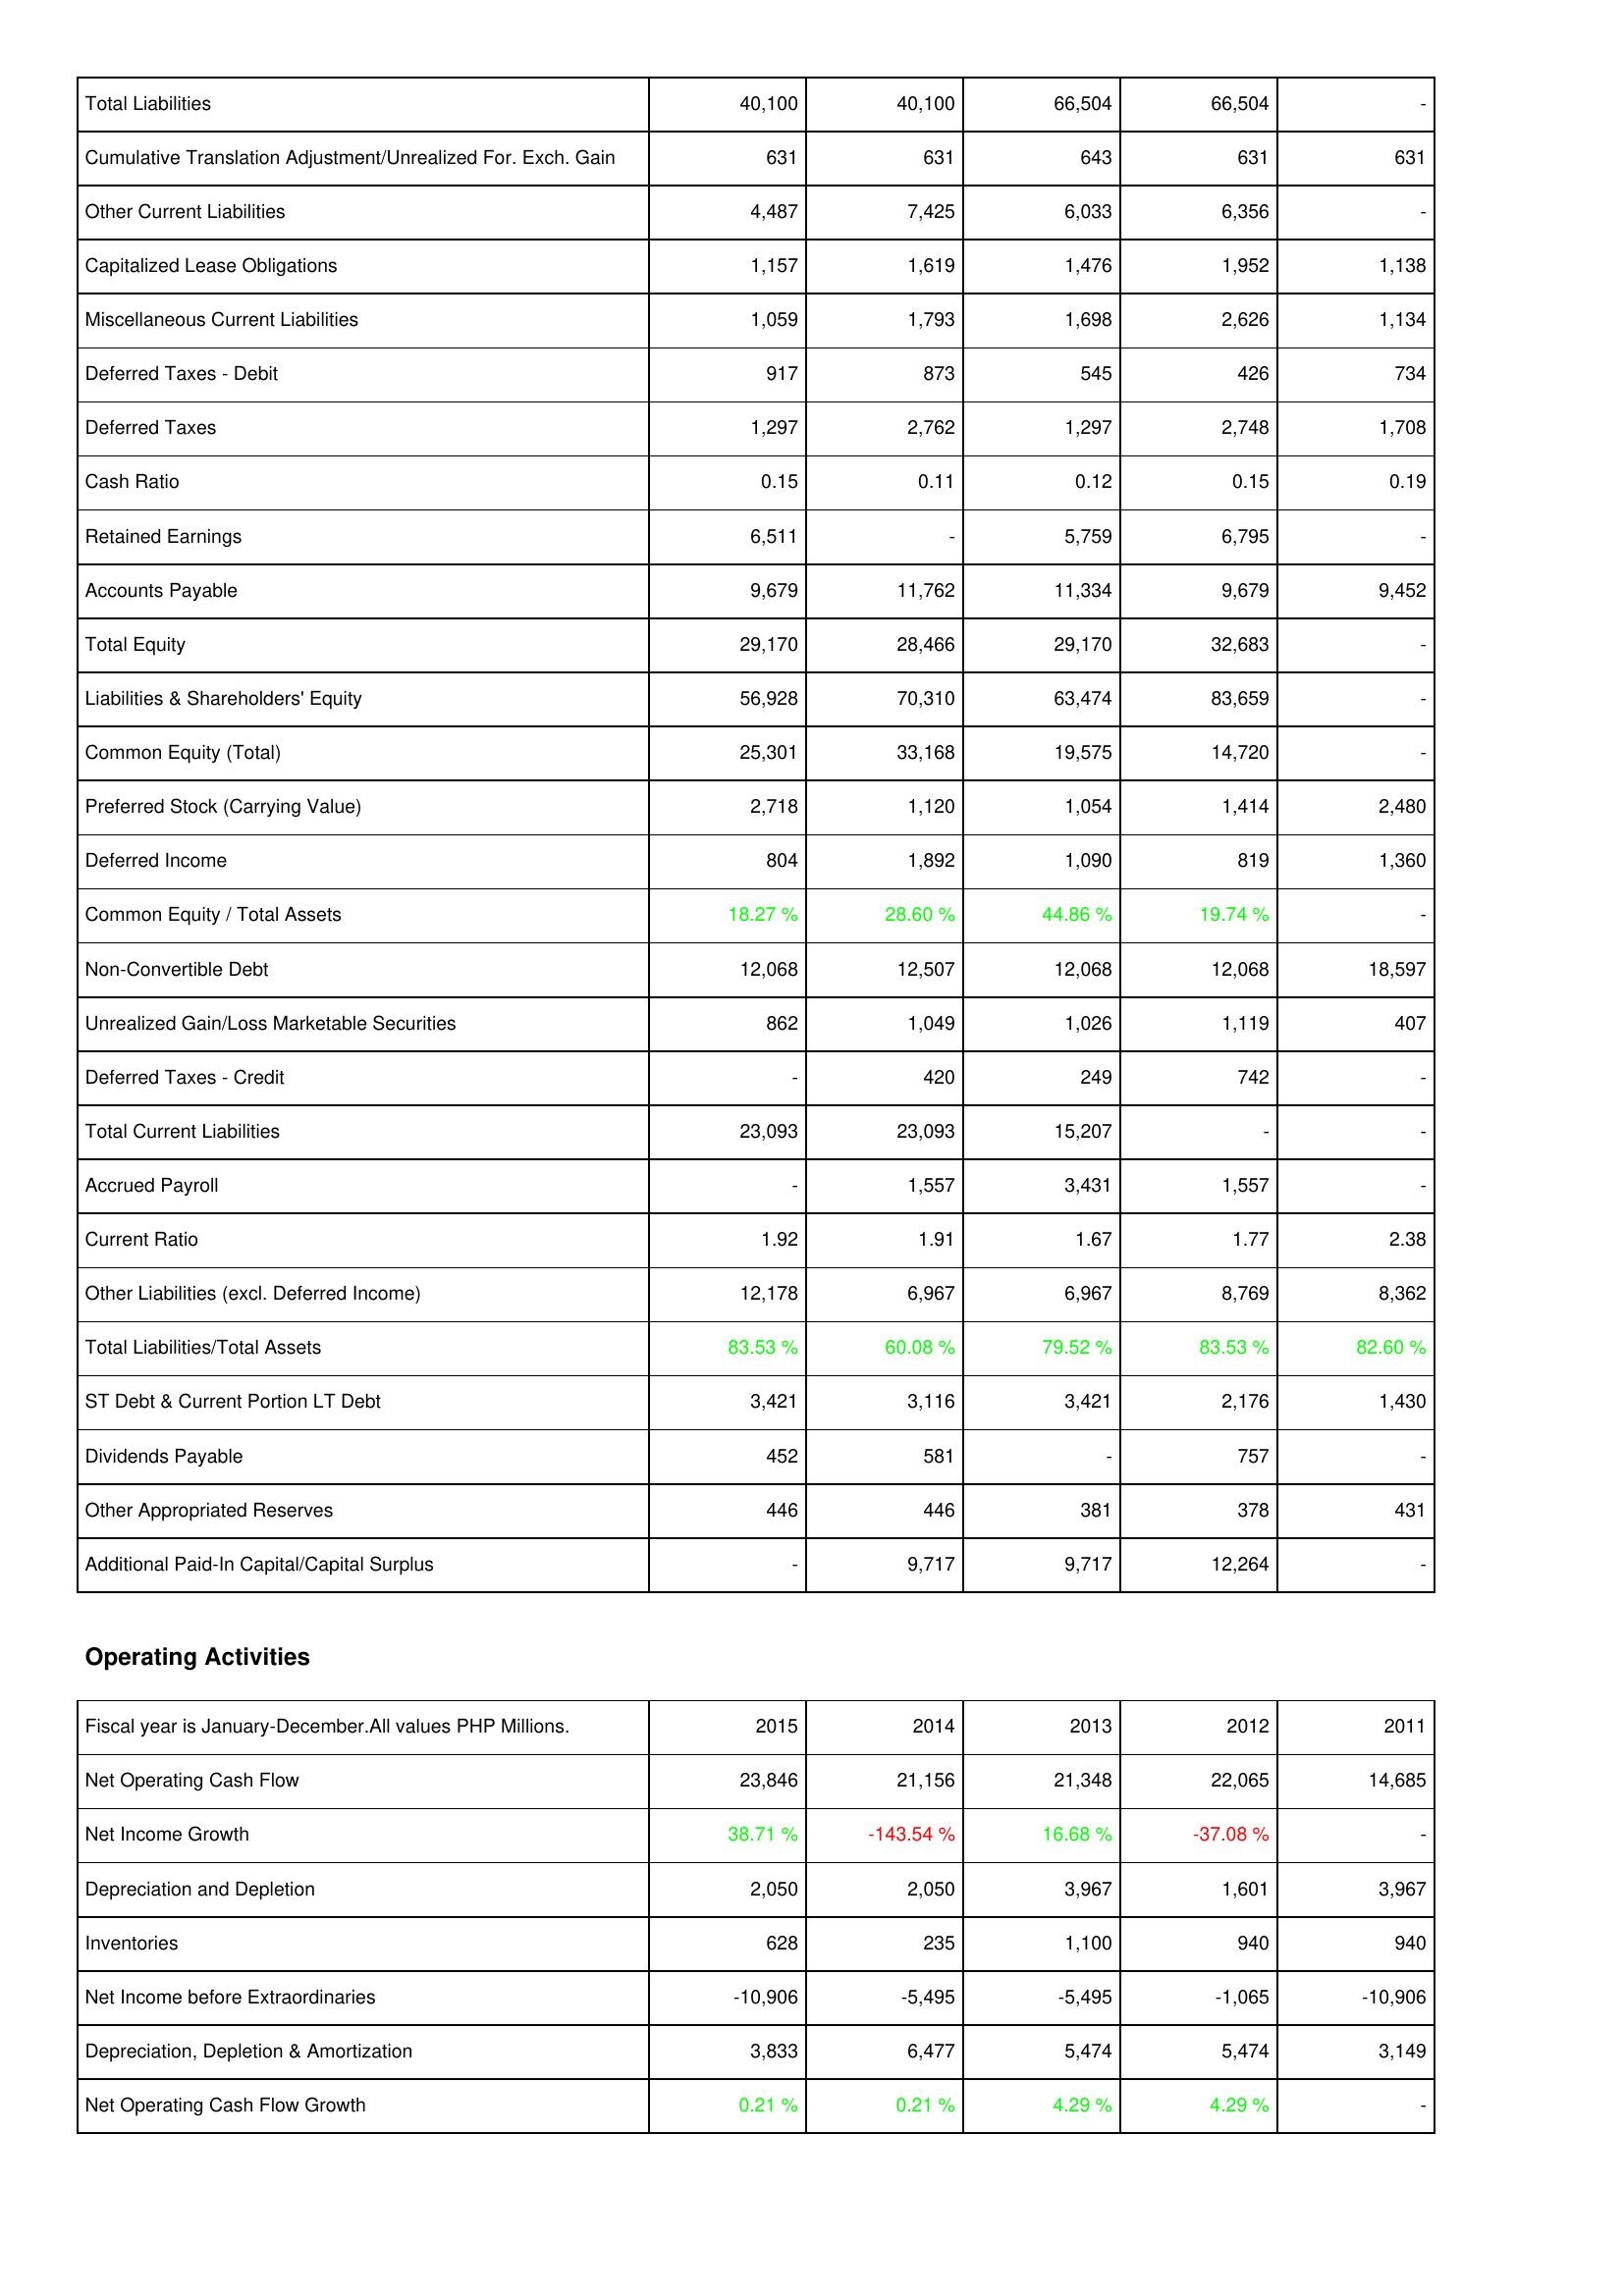
2015: Liabilities & Shareholders' Equity: Total Liabilities: 40,100
Cumulative Translation Adjustment/Unrealized For. Exch. Gain: 631
Other Current Liabilities: 4,487
Capitalized Lease Obligations: 1,157
Miscellaneous Current Liabilities: 1,059
Deferred Taxes - Debit: 917
Deferred Taxes: 1,297
Cash Ratio: 0.15
Retained Earnings: 6,511
Accounts Payable: 9,679
Total Equity: 29,170
Liabilities & Shareholders' Equity: 56,928
Common Equity (Total): 25,301
Preferred Stock (Carrying Value): 2,718
Deferred Income: 804
Common Equity / Total Assets: 18.27 %
Non-Convertible Debt: 12,068
Unrealized Gain/Loss Marketable Securities: 862
Deferred Taxes - Credit: -
Total Current Liabilities: 23,093
Accrued Payroll: -
Current Ratio: 1.92
Other Liabilities (excl. Deferred Income): 12,178
Total Liabilities/Total Assets: 83.53 %
ST Debt & Current Portion LT Debt: 3,421
Dividends Payable: 452
Other Appropriated Reserves: 446
Additional Paid-In Capital/Capital Surplus: -
Operating Activities: Net Operating Cash Flow: 23,846
Net Income Growth: 38.71 %
Depreciation and Depletion: 2,050
Inventories: 628
Net Income before Extraordinaries: -10,906
Depreciation, Depletion & Amortization: 3,833
Net Operating Cash Flow Growth: 0.21 %
2014: Liabilities & Shareholders' Equity: Total Liabilities: 40,100
Cumulative Translation Adjustment/Unrealized For. Exch. Gain: 631
Other Current Liabilities: 7,425
Capitalized Lease Obligations: 1,619
Miscellaneous Current Liabilities: 1,793
Deferred Taxes - Debit: 873
Deferred Taxes: 2,762
Cash Ratio: 0.11
Retained Earnings: -
Accounts Payable: 11,762
Total Equity: 28,466
Liabilities & Shareholders' Equity: 70,310
Common Equity (Total): 33,168
Preferred Stock (Carrying Value): 1,120
Deferred Income: 1,892
Common Equity / Total Assets: 28.60 %
Non-Convertible Debt: 12,507
Unrealized Gain/Loss Marketable Securities: 1,049
Deferred Taxes - Credit: 420
Total Current Liabilities: 23,093
Accrued Payroll: 1,557
Current Ratio: 1.91
Other Liabilities (excl. Deferred Income): 6,967
Total Liabilities/Total Assets: 60.08 %
ST Debt & Current Portion LT Debt: 3,116
Dividends Payable: 581
Other Appropriated Reserves: 446
Additional Paid-In Capital/Capital Surplus: 9,717
Operating Activities: Net Operating Cash Flow: 21,156
Net Income Growth: -143.54 %
Depreciation and Depletion: 2,050
Inventories: 235
Net Income before Extraordinaries: -5,495
Depreciation, Depletion & Amortization: 6,477
Net Operating Cash Flow Growth: 0.21 %
2013: Liabilities & Shareholders' Equity: Total Liabilities: 66,504
Cumulative Translation Adjustment/Unrealized For. Exch. Gain: 643
Other Current Liabilities: 6,033
Capitalized Lease Obligations: 1,476
Miscellaneous Current Liabilities: 1,698
Deferred Taxes - Debit: 545
Deferred Taxes: 1,297
Cash Ratio: 0.12
Retained Earnings: 5,759
Accounts Payable: 11,334
Total Equity: 29,170
Liabilities & Shareholders' Equity: 63,474
Common Equity (Total): 19,575
Preferred Stock (Carrying Value): 1,054
Deferred Income: 1,090
Common Equity / Total Assets: 44.86 %
Non-Convertible Debt: 12,068
Unrealized Gain/Loss Marketable Securities: 1,026
Deferred Taxes - Credit: 249
Total Current Liabilities: 15,207
Accrued Payroll: 3,431
Current Ratio: 1.67
Other Liabilities (excl. Deferred Income): 6,967
Total Liabilities/Total Assets: 79.52 %
ST Debt & Current Portion LT Debt: 3,421
Dividends Payable: -
Other Appropriated Reserves: 381
Additional Paid-In Capital/Capital Surplus: 9,717
Operating Activities: Net Operating Cash Flow: 21,348
Net Income Growth: 16.68 %
Depreciation and Depletion: 3,967
Inventories: 1,100
Net Income before Extraordinaries: -5,495
Depreciation, Depletion & Amortization: 5,474
Net Operating Cash Flow Growth: 4.29 %
2012: Liabilities & Shareholders' Equity: Total Liabilities: 66,504
Cumulative Translation Adjustment/Unrealized For. Exch. Gain: 631
Other Current Liabilities: 6,356
Capitalized Lease Obligations: 1,952
Miscellaneous Current Liabilities: 2,626
Deferred Taxes - Debit: 426
Deferred Taxes: 2,748
Cash Ratio: 0.15
Retained Earnings: 6,795
Accounts Payable: 9,679
Total Equity: 32,683
Liabilities & Shareholders' Equity: 83,659
Common Equity (Total): 14,720
Preferred Stock (Carrying Value): 1,414
Deferred Income: 819
Common Equity / Total Assets: 19.74 %
Non-Convertible Debt: 12,068
Unrealized Gain/Loss Marketable Securities: 1,119
Deferred Taxes - Credit: 742
Total Current Liabilities: -
Accrued Payroll: 1,557
Current Ratio: 1.77
Other Liabilities (excl. Deferred Income): 8,769
Total Liabilities/Total Assets: 83.53 %
ST Debt & Current Portion LT Debt: 2,176
Dividends Payable: 757
Other Appropriated Reserves: 378
Additional Paid-In Capital/Capital Surplus: 12,264
Operating Activities: Net Operating Cash Flow: 22,065
Net Income Growth: -37.08 %
Depreciation and Depletion: 1,601
Inventories: 940
Net Income before Extraordinaries: -1,065
Depreciation, Depletion & Amortization: 5,474
Net Operating Cash Flow Growth: 4.29 %
2011: Liabilities & Shareholders' Equity: Total Liabilities: -
Cumulative Translation Adjustment/Unrealized For. Exch. Gain: 631
Other Current Liabilities: -
Capitalized Lease Obligations: 1,138
Miscellaneous Current Liabilities: 1,134
Deferred Taxes - Debit: 734
Deferred Taxes: 1,708
Cash Ratio: 0.19
Retained Earnings: -
Accounts Payable: 9,452
Total Equity: -
Liabilities & Shareholders' Equity: -
Common Equity (Total): -
Preferred Stock (Carrying Value): 2,480
Deferred Income: 1,360
Common Equity / Total Assets: -
Non-Convertible Debt: 18,597
Unrealized Gain/Loss Marketable Securities: 407
Deferred Taxes - Credit: -
Total Current Liabilities: -
Accrued Payroll: -
Current Ratio: 2.38
Other Liabilities (excl. Deferred Income): 8,362
Total Liabilities/Total Assets: 82.60 %
ST Debt & Current Portion LT Debt: 1,430
Dividends Payable: -
Other Appropriated Reserves: 431
Additional Paid-In Capital/Capital Surplus: -
Operating Activities: Net Operating Cash Flow: 14,685
Net Income Growth: -
Depreciation and Depletion: 3,967
Inventories: 940
Net Income before Extraordinaries: -10,906
Depreciation, Depletion & Amortization: 3,149
Net Operating Cash Flow Growth: -